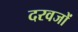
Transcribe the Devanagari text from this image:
दरवजों